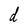
Character: d